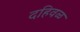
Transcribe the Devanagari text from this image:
दहिवळ